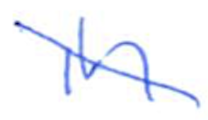
Text: in
Cross-out: diagonal
Writing tool: ballpoint